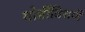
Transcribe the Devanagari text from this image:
गोष्टींविशयीं